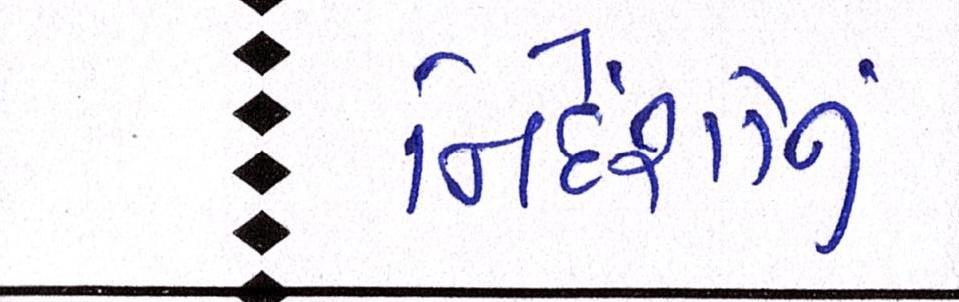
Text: નિર્દેશોનું